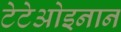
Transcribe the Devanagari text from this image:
टेटेओइनान